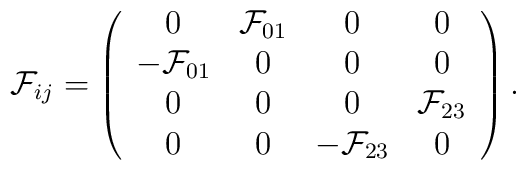
{\cal F}_{ij} =\left(\begin{array}{cccc}0 & {\cal F}_{01} & 0 & 0 \\-{\cal F}_{01} &0 & 0 & 0 \\0 & 0 & 0 & {\cal F}_{23} \\0 & 0 & -{\cal F}_{23} & 0\end{array}\right).